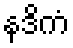
နဒိကံ